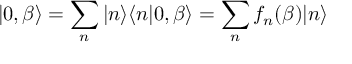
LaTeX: | 0 , \beta \rangle = \sum _ { n } | n \rangle \langle n | 0 , \beta \rangle = \sum _ { n } f _ { n } ( \beta ) | n \rangle